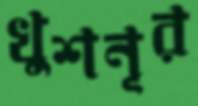
খুশনূর